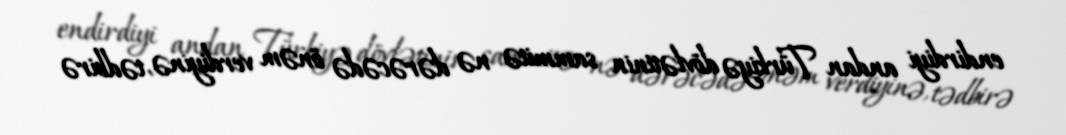
endirdiyi andan Türkiyə dövlətinin sammitə nə dərəcədə önəm verdiyinə, tədbirə